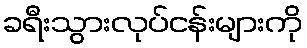
ခရီးသွားလုပ်ငန်းများကို